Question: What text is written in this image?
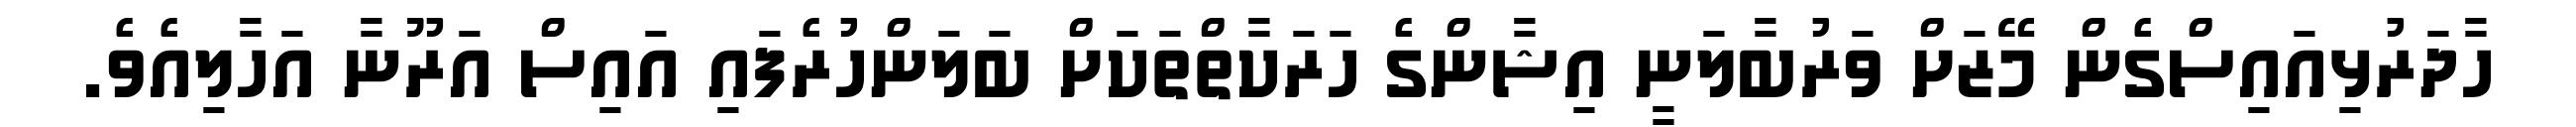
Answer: ހާދަރުޅިއައިސްގެން މޭޒަށް ވަރުބާލަނީ އިޝާންގެ ހަރަކާތްތަކަށް ބަލަންހުރެފައި އައިސް އަރޫނާ އަހާލިއެވެ.